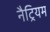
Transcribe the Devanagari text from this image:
नैट्रियम